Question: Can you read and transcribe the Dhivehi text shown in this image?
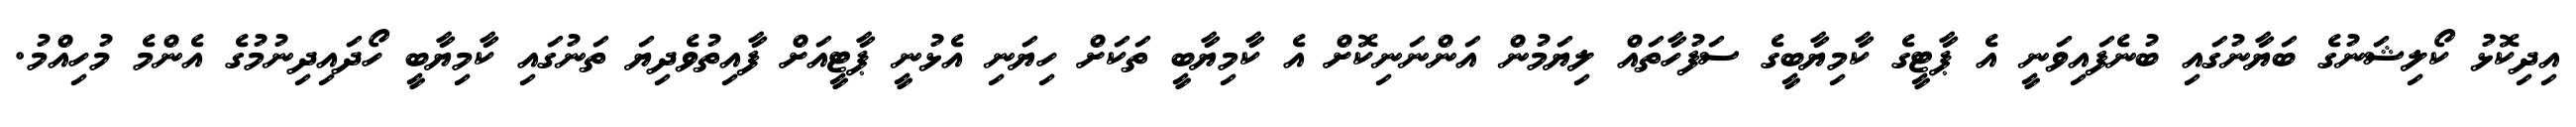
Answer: އިދިކޮޅު ކޯލިޝަނުގެ ބަޔާނުގައި ބުނެފައިވަނީ އެ ޕާޓީގެ ކާމިޔާބީގެ ސަފުހާތައް ލިޔަމުން އަންނަނިކޮށް އެ ކާމިޔާބީ ތަކަށް ހިޔަނި އެޅުނީ ޕާޓީއަށް ފާއިތުވެދިޔަ ތަނުގައި ކާމިޔާބީ ހޯދައިދިނުމުގެ އެންމެ މުހިއްމު.